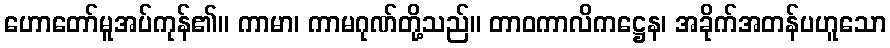
ဟောတော်မူအပ်ကုန်၏။ ကာမာ၊ ကာမဂုဏ်တို့သည်။ တာဝကာလိကဋ္ဌေန၊ အခိုက်အတန်ပဟူသော